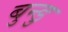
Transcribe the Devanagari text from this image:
बुन्डु